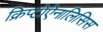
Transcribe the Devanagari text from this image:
क्रिप्टोऐनालिसिस